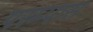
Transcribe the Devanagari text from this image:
परम्पास